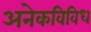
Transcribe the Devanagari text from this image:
अनेकविविध